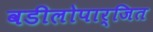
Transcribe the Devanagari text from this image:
वडीलोपार्जित